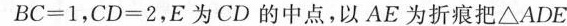
B C = 1$$，$$C D = 2$$，E为CD的中点，以AE为折痕把△ADE